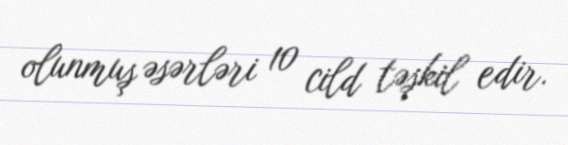
olunmuş əsərləri 10 cild təşkil edir.